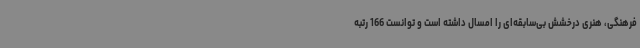
فرهنگی، هنری درخشش بی‌سابقه‌ای را امسال داشته است و توانست 166 رتبه